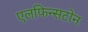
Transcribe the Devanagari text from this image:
एलफिन्सटोन